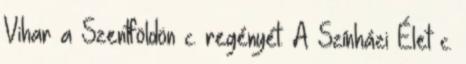
Vihar a Szentföldön c. regényét. A Színházi Élet c.